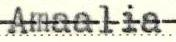
Amaalia